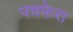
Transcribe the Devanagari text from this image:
पचफेरा